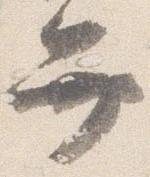
弁